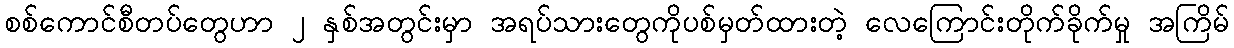
စစ်ကောင်စီတပ်တွေဟာ ၂ နှစ်အတွင်းမှာ အရပ်သားတွေကိုပစ်မှတ်ထားတဲ့ လေကြောင်းတိုက်ခိုက်မှု အကြိမ်